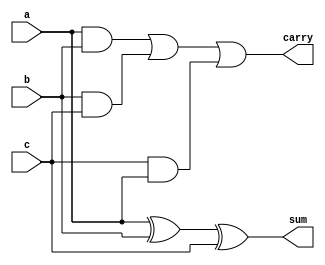
`timescale 1ns / 1ps

////////////////////////////////////////////////////////////////////////////////
// Company: 
// Engineer:
//

// Design Name:   fulladder
// Module Name:   D:/exp/dsd/Charan/fulladder_test.v
// Project Name:  Charan
// Target Device:  
// Tool versions:  
// Description: 
//
// Verilog Test Fixture created by ISE for module: fulladder
//
// Dependencies:
// 
// Revision:
// Revision 0.01 - File Created
// Additional Comments:
// 
////////////////////////////////////////////////////////////////////////////////

`timescale 1 ns/10 ps

module fulladder(a,b,c,sum,carry);

   input a,b,c;
   output wire sum,carry;


assign sum=a^b^c;
assign carry=(a&b)|(b&c)|(c&a);
endmodule

module fulladder_test;
reg a,b,c;
wire sum,carry;

fulladder UUT(.a(a),.b(b),.c(c),.sum(sum),.carry(carry));
initial begin
$monitor($time,"a=%b b=%b c=%b sum=%b carry=%b",a,b,c,sum,carry);
a=0;
b=0;
c=0;
#10
a=0;
b=0;
c=1;
#10
a=0;
b=1;
c=0;
#10
a=0;
b=1;
c=1;
#10
a=1;
b=0;
c=0;
#10
a=1;
b=0;
c=1;
#10
a=1;
b=1;
c=0;
#10
a=1;
b=1;
c=1;
end
endmodule